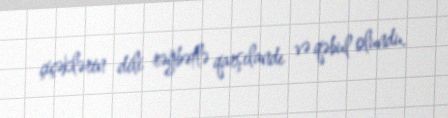
çiçəklərin dili rəğbətlə qarşılandı və qəbul olundu.